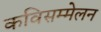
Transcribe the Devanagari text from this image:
कविसम्मेलन